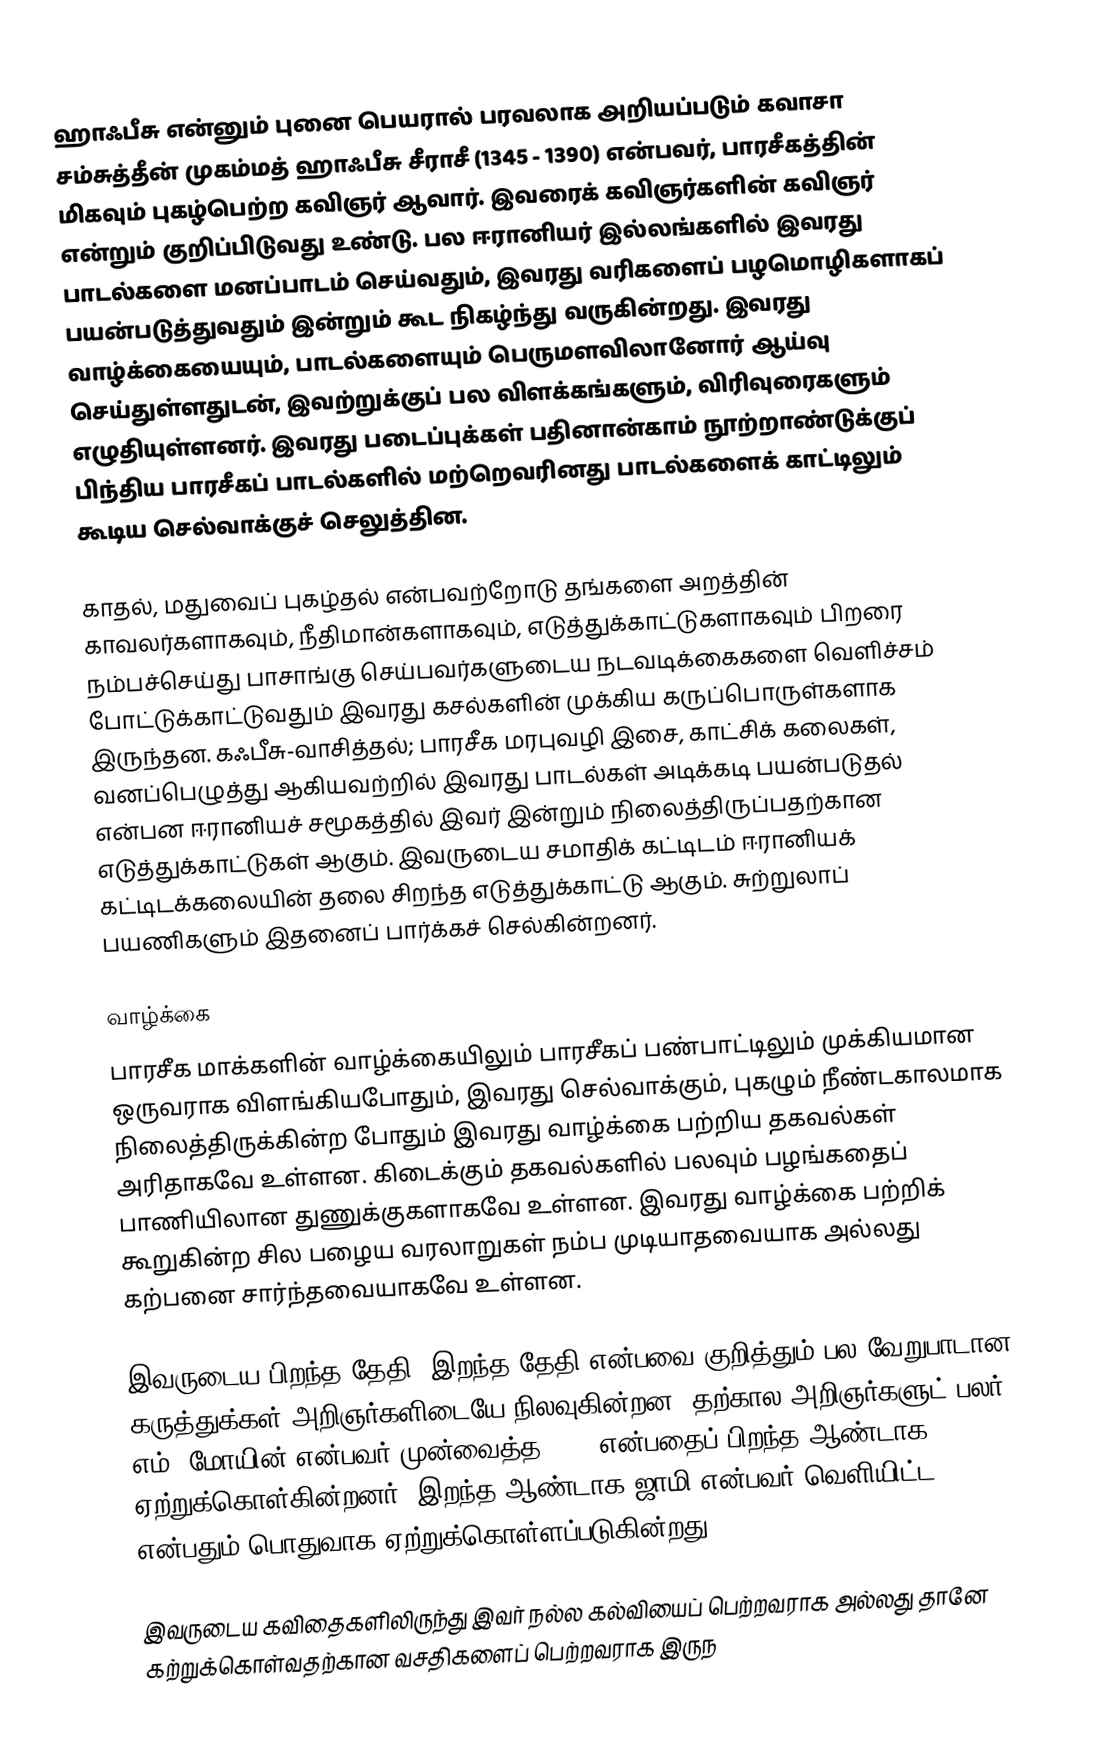
ஹாஃபீசு என்னும் புனை பெயரால் பரவலாக அறியப்படும் கவாசா சம்சுத்தீன் முகம்மத் ஹாஃபீசு சீராசீ (1345 - 1390) என்பவர், பாரசீகத்தின் மிகவும் புகழ்பெற்ற கவிஞர் ஆவார். இவரைக் கவிஞர்களின் கவிஞர் என்றும் குறிப்பிடுவது உண்டு. பல ஈரானியர் இல்லங்களில் இவரது பாடல்களை மனப்பாடம் செய்வதும், இவரது வரிகளைப் பழமொழிகளாகப் பயன்படுத்துவதும் இன்றும் கூட நிகழ்ந்து வருகின்றது. இவரது வாழ்க்கையையும், பாடல்களையும் பெருமளவிலானோர் ஆய்வு செய்துள்ளதுடன், இவற்றுக்குப் பல விளக்கங்களும், விரிவுரைகளும் எழுதியுள்ளனர். இவரது படைப்புக்கள் பதினான்காம் நூற்றாண்டுக்குப் பிந்திய பாரசீகப் பாடல்களில் மற்றெவரினது பாடல்களைக் காட்டிலும் கூடிய செல்வாக்குச் செலுத்தின.

காதல், மதுவைப் புகழ்தல் என்பவற்றோடு தங்களை அறத்தின் காவலர்களாகவும், நீதிமான்களாகவும், எடுத்துக்காட்டுகளாகவும் பிறரை நம்பச்செய்து பாசாங்கு செய்பவர்களுடைய நடவடிக்கைகளை வெளிச்சம் போட்டுக்காட்டுவதும் இவரது கசல்களின் முக்கிய கருப்பொருள்களாக இருந்தன. கஃபீசு-வாசித்தல்; பாரசீக மரபுவழி இசை, காட்சிக் கலைகள், வனப்பெழுத்து ஆகியவற்றில் இவரது பாடல்கள் அடிக்கடி பயன்படுதல் என்பன ஈரானியச் சமூகத்தில் இவர் இன்றும் நிலைத்திருப்பதற்கான எடுத்துக்காட்டுகள் ஆகும். இவருடைய சமாதிக் கட்டிடம் ஈரானியக் கட்டிடக்கலையின் தலை சிறந்த எடுத்துக்காட்டு ஆகும். சுற்றுலாப் பயணிகளும் இதனைப் பார்க்கச் செல்கின்றனர்.

வாழ்க்கை
பாரசீக மாக்களின் வாழ்க்கையிலும் பாரசீகப் பண்பாட்டிலும் முக்கியமான ஒருவராக விளங்கியபோதும், இவரது செல்வாக்கும், புகழும் நீண்டகாலமாக நிலைத்திருக்கின்ற போதும் இவரது வாழ்க்கை பற்றிய தகவல்கள் அரிதாகவே உள்ளன. கிடைக்கும் தகவல்களில் பலவும் பழங்கதைப் பாணியிலான துணுக்குகளாகவே உள்ளன. இவரது வாழ்க்கை பற்றிக் கூறுகின்ற சில பழைய வரலாறுகள் நம்ப முடியாதவையாக அல்லது கற்பனை சார்ந்தவையாகவே உள்ளன.

இவருடைய பிறந்த தேதி, இறந்த தேதி என்பவை குறித்தும் பல வேறுபாடான கருத்துக்கள் அறிஞர்களிடையே நிலவுகின்றன. தற்கால அறிஞர்களுட் பலர், எம். மோயின் என்பவர் முன்வைத்த 1315 என்பதைப் பிறந்த ஆண்டாக ஏற்றுக்கொள்கின்றனர். இறந்த ஆண்டாக ஜாமி என்பவர் வெளியிட்ட 1360 என்பதும் பொதுவாக ஏற்றுக்கொள்ளப்படுகின்றது.

இவருடைய கவிதைகளிலிருந்து இவர் நல்ல கல்வியைப் பெற்றவராக அல்லது தானே கற்றுக்கொள்வதற்கான வசதிகளைப் பெற்றவராக இருந